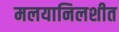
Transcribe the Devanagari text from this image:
मलयानिलशीत